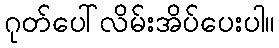
ဂုတ်ပေါ်လိမ်းအိပ်ပေးပါ။